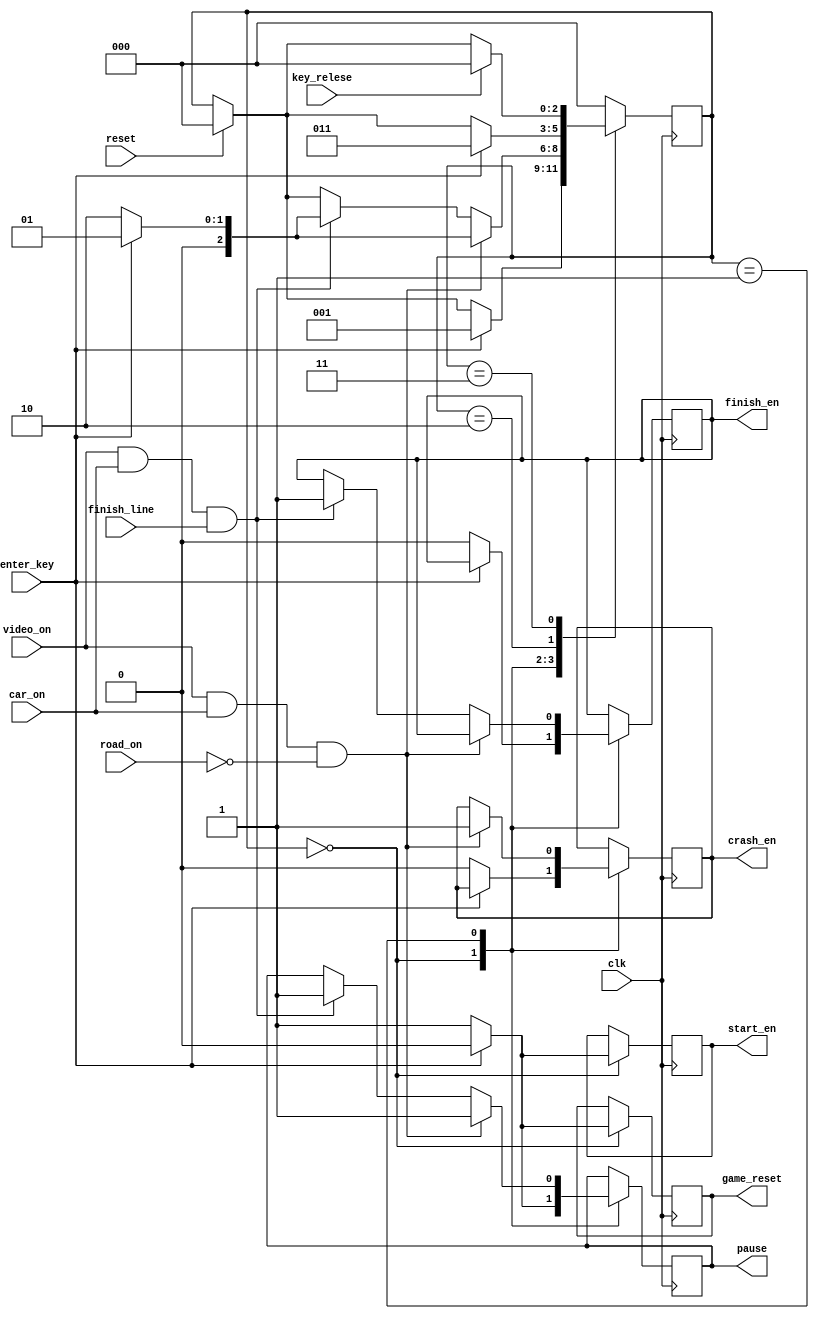
`timescale 1ns / 1ps
//////////////////////////////////////////////////////////////////////////////////
// Company: 
// 
// Design Name: 
// Module Name: game_state
// Project Name: 
// Target Devices: 
// Tool Versions: 
// Description: 
// 
// Dependencies: 
// 
// Revision:
// Revision 0.01 - File Created
// Additional Comments:
// 
//////////////////////////////////////////////////////////////////////////////////


module game_state(
input wire clk, reset, 
input wire video_on, road_on,finish_line, car_on, 
input wire enter_key,key_relese, 
output reg start_en,crash_en, finish_en,
                pause, game_reset);

reg [2:0] state = 3'd0;

always@(posedge clk)
begin
if(reset)
state<=3'b0;
case(state)
//show start page and reset the game,
3'd0: if(enter_key) //when enter is pressed move to playing state
            begin state <= 3'd1; start_en <=1'b0;   
            pause <=1'b0; game_reset <=1'b0; end      
      else //shaow start page, reset the game, wait for enter key
            begin start_en <=1'b1; crash_en <= 1'b0;
            finish_en <=1'b0; pause <= 1'b1; 
            game_reset <= 1'b1; end
            
//race until either the car get's off the road or car reaches finish line
3'd1: if(video_on && car_on && !road_on)
        //if off the road, pause the game.
        begin
        //show crash message
        crash_en <= 1'b1;
        //if enter key is held while crash, 
        //pause and wait for the key to be released
        if(enter_key) 
            state<= 3'd1;
        else
            state <=3'd2;
        pause <=1'b1;
        end
    else if(video_on & car_on & finish_line) //playing
        begin
        //show finish message
        finish_en<=1'b1;
        //if enter key is held while car crosses finish line, 
        //pause and wait for the key to be released
        if(enter_key)
        state<= 3'd1;
        else
        state <=3'd2;
        pause <=1'b1;
        end
//wait for the user to press enter before moving to start page
3'd2:  if(enter_key) begin  state<= 3'd3; end 
//wait for enter to be realesed
3'd3: if(key_relese) state<= 3'd0; 
default: state <= 3'd0;
endcase
end





endmodule